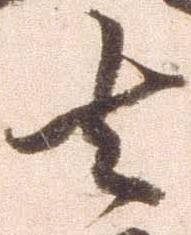
去